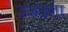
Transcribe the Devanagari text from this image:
उजडता